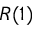
R ( 1 )